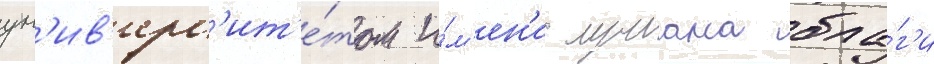
ун'ив'ерс'ит'е́том и́м'ен'и лучиана бла́г'и